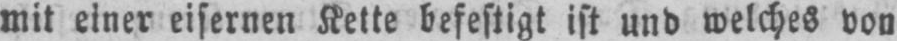
mit einer eisernen Kette befestigt ist und welches von